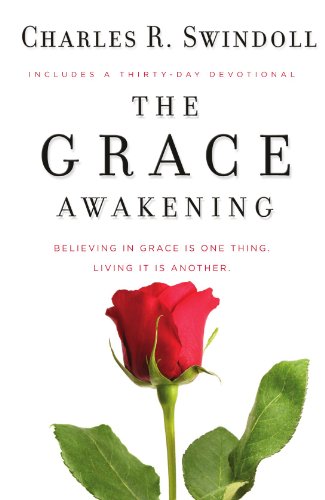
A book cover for The Grace Awakening: Believing in grace is one thing. Living it is another.; Charles R. Swindoll; Christian Books & Bibles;